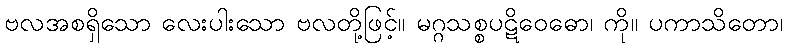
ဗလအစရှိသော လေးပါးသော ဗလတို့ဖြင့်။ မဂ္ဂသစ္စပဋိဝေဓော၊ ကို။ ပကာသိတော၊